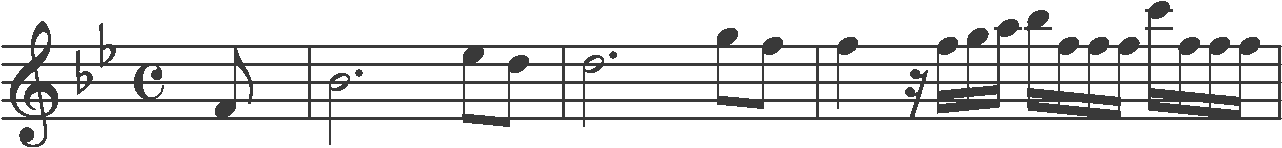
Transcription: clef-G2 keySignature-BbM timeSignature-C note-F4_eighth barline note-Bb4_half. note-Eb5_eighth note-D5_eighth barline note-D5_half. note-G5_eighth note-F5_eighth barline note-F5_quarter rest-sixteenth note-F5_sixteenth note-G5_sixteenth note-A5_sixteenth note-Bb5_sixteenth note-F5_sixteenth note-F5_sixteenth note-F5_sixteenth note-C6_sixteenth note-F5_sixteenth note-F5_sixteenth note-F5_sixteenth barline